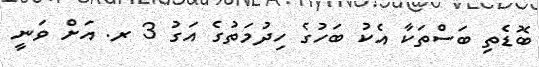
ބޮޑެތި ބަސްތަކާ އެކު ބަހުގެ ހިދުމަތުގެ އަގު 3 ރ. އަށް ވަނީ